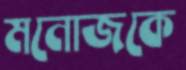
মনোজকে